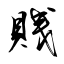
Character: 賎